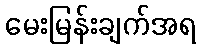
မေးမြန်းချက်အရ